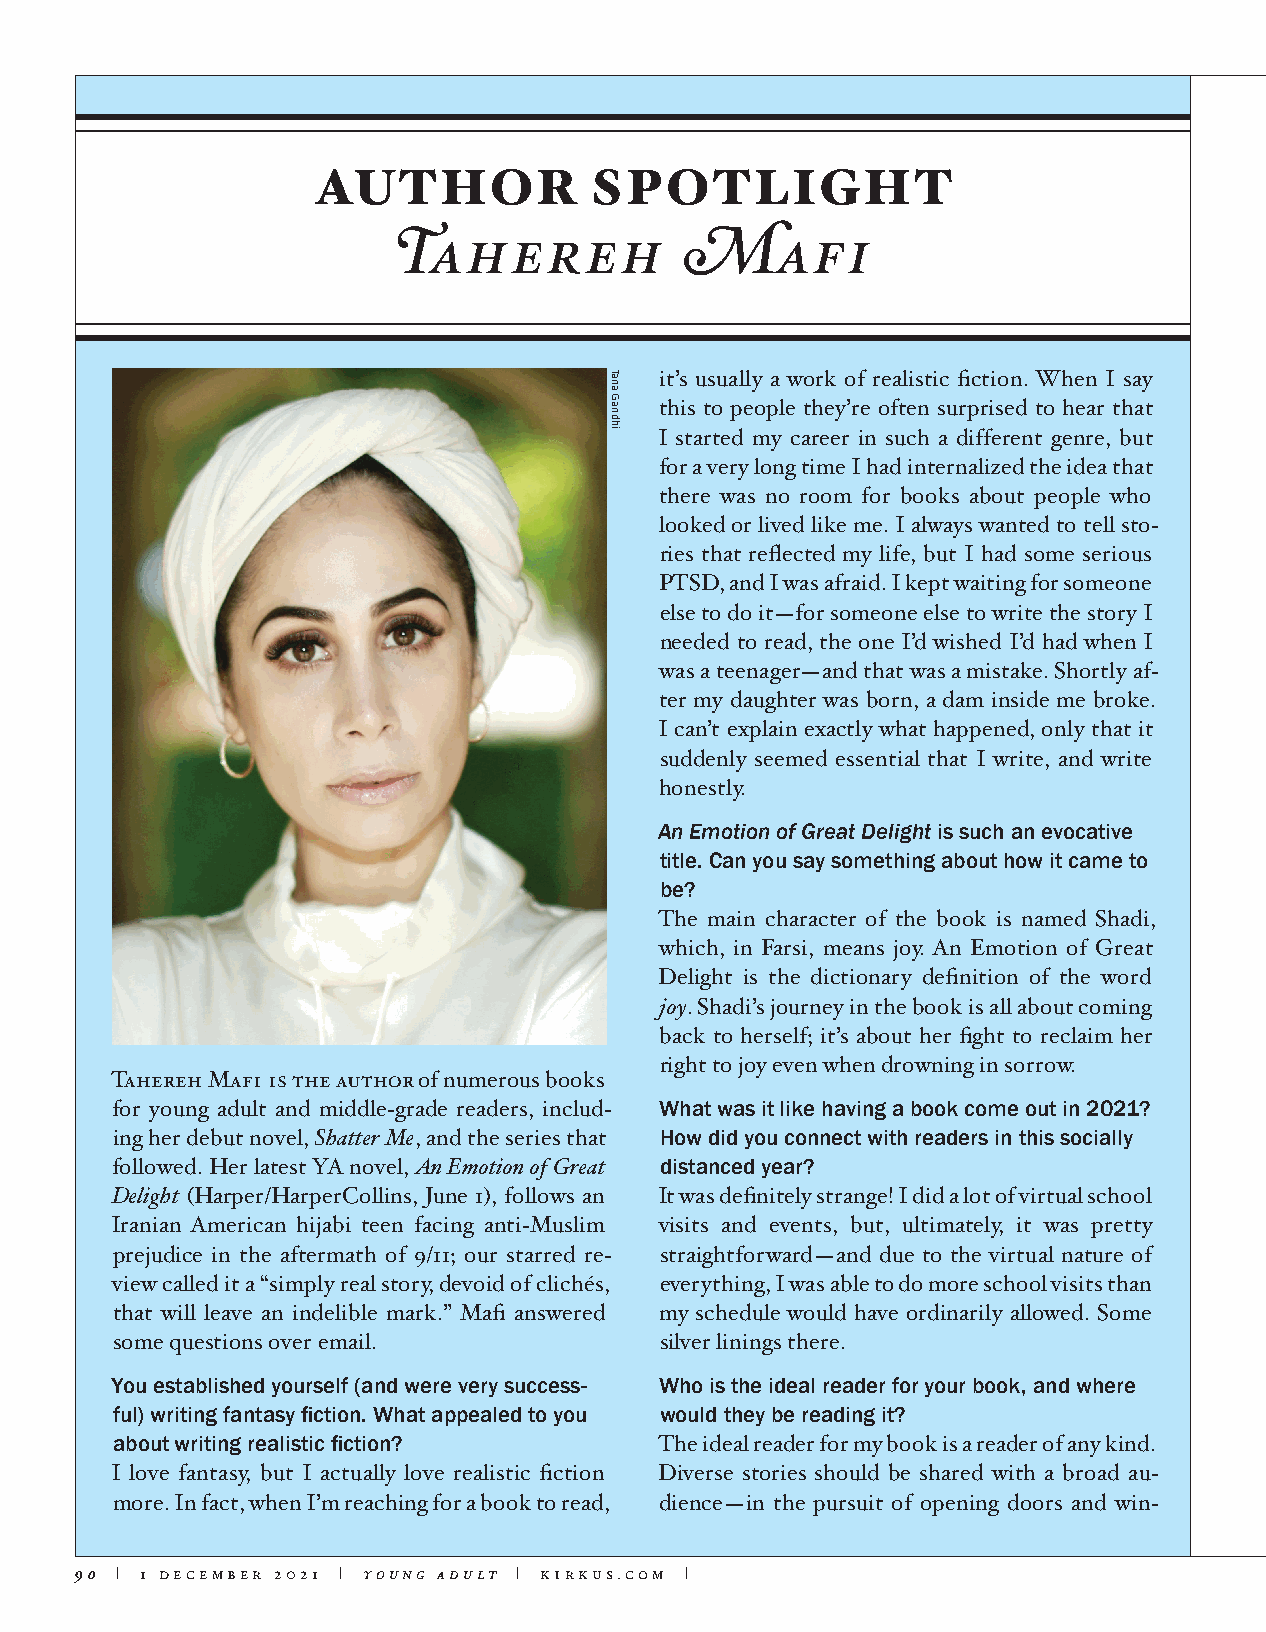
AUTHOR            SPOTLIGHT
 Tahereh            Mafi
 it’s usually a work of realistic fiction. When I say
 this to people they’re often surprised to hear that
 I started my career in such a different genre, but
 for a very long time I had internalized the idea that
 there was no room for books about people who
 looked or lived like me. I always wanted to tell sto-
 ries that reflected my life, but I had some serious
 PTSD, and I was afraid. I kept waiting for someone
 else to do it—for someone else to write the story I
 needed to read, the one I’d wished I’d had when I
 was a teenager—and that was a mistake. Shortly af-
 ter my daughter was born, a dam inside me broke.
 I can’t explain exactly what happened, only that it
 suddenly seemed essential that I write, and write
 honestly.
 An Emotion of Great Delight is such an evocative
 title. Can you say something about how it came to
 be?
 The main character of the book is named Shadi,
 which, in Farsi, means joy. An Emotion of Great
 Delight is the dictionary definition of the word
 joy. Shadi’s journey in the book is all about coming
 back to herself; it’s about her fight to reclaim her
 right to joy even when drowning in sorrow.
 Tahereh Mafi is the author of numerous books
 for young adult and middle-grade readers, includ- What was it like having a book come out in 2021?
 ing her debut novel, Shatter Me, and the series that How did you connect with readers in this socially
 followed. Her latest YA novel, An Emotion of Great distanced year?
 Delight (Harper/HarperCollins, June 1), follows an It was definitely strange! I did a lot of virtual school
 Iranian American hijabi teen facing anti-Muslim visits and events, but, ultimately, it was pretty
 prejudice in the aftermath of 9/11; our starred re- straightforward—and due to the virtual nature of
 view called it a “simply real story, devoid of clichés, everything, I was able to do more school visits than
 that will leave an indelible mark.” Mafi answered my schedule would have ordinarily allowed. Some
 some questions over email.           silver linings there.
 You established yourself (and were very success- Who is the ideal reader for your book, and where
 ful) writing fantasy fiction. What appealed to you would they be reading it?
 about writing realistic fiction?     The ideal reader for my book is a reader of any kind.
 I love fantasy, but I actually love realistic fiction Diverse stories should be shared with a broad au-
 more. In fact, when I’m reaching for a book to read, dience—in the pursuit of opening doors and win-
 90 | 1 december 2021 | young adult | kirkus.com |
 Tana
 Gandhi